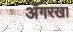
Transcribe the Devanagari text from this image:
अँगरखा